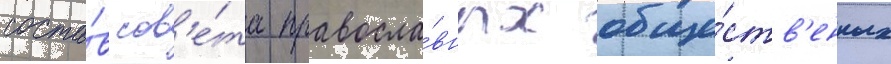
соста́в сов'е́та правосла́вных обще́ств'енных